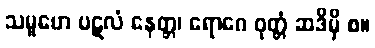
သမူဟေ ပဋလံ နေတ္တ၊ ရောဂေ ဝုတ္တံ ဆဒိမှိ စ။